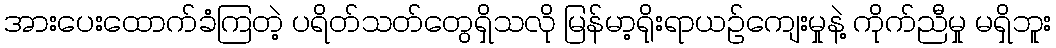
အားပေးထောက်ခံကြတဲ့ ပရိတ်သတ်တွေရှိသလို မြန်မာ့ရိုးရာယဉ်ကျေးမှုနဲ့ ကိုက်ညီမှု မရှိဘူး